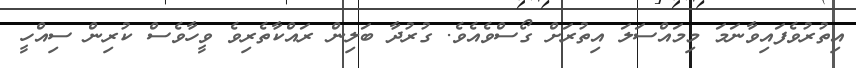
އިތުރުވެފައިވާނަމަ މިމައްސަލަ އިތުރަށް ގޯސްވެއެވެ. ގުރުދާ ބަލިން ރައްކާތެރިވެ ވީހާވެސް ކުރިން ސިއްހީ